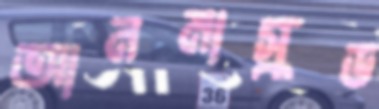
আনমাস্কড